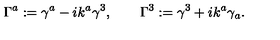
\Gamma ^ { a } : = \gamma ^ { a } - i k ^ { a } \gamma ^ { 3 } , \qquad \Gamma ^ { 3 } : = \gamma ^ { 3 } + i k ^ { a } \gamma _ { a } .